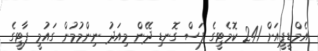
އެމްޑީޕީއަށް 241 ކޮމެޓީގެ ފަސް ގޮނޑި ދޭން މިއަދު ނިންމުމުން ގައުމީ ޕާޓީގެ